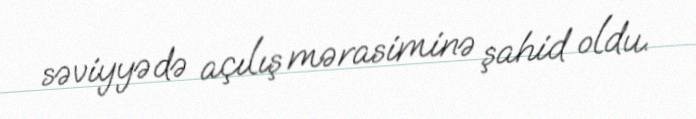
səviyyədə açılış mərasiminə şahid oldu.